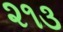
૨૧૩